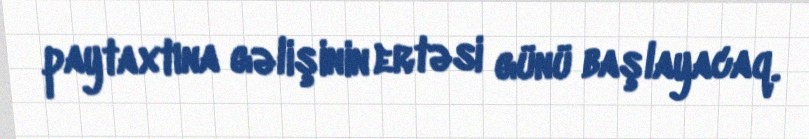
paytaxtına gəlişinin ertəsi günü başlayacaq.